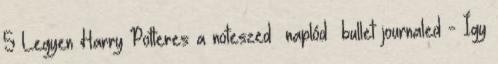
5 Legyen Harry Potteres a noteszed naplód bullet journaled - Így